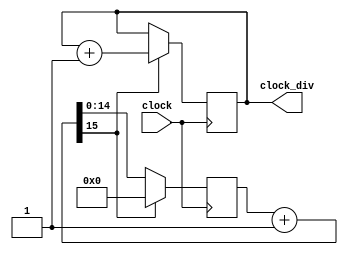
module divisor(clock_div, clock);
	input clock;
	output reg [1:0] clock_div;
	reg [15:0] Out;

	
	initial begin
		clock_div = 2'b00;
		Out = 16'b0000000000000000;
	end

	always @(posedge clock)
	begin
		Out = Out + 16'b0000000000000001;
			if(Out[15] == 1'b1)
				begin
					Out = 16'b0000000000000000;
					clock_div = clock_div + 2'b01;
				end
		end

endmodule